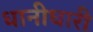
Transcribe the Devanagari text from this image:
धानीधारी